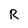
Character: R